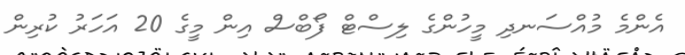
އެންމެ މުއްސަނދި މީހުންގެ ލިސްޓް ފޯބްސް އިން މީގެ 20 އަހަރު ކުރިން